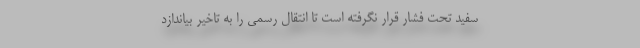
سفید تحت فشار قرار نگرفته است تا انتقال رسمی را به تاخیر بیاندازد